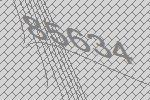
85634